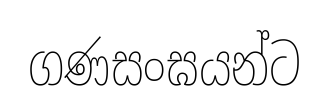
ගණසංඝයන්ට